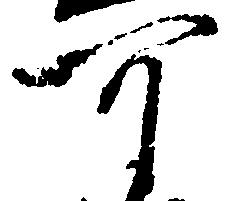
可